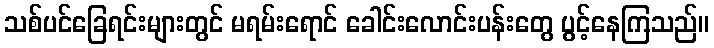
သစ်ပင်ခြေရင်းများတွင် မရမ်းရောင် ခေါင်းလောင်းပန်းတွေ ပွင့်နေကြသည်။